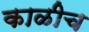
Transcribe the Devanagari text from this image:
काळीच